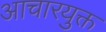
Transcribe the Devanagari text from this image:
आचारयुक्त